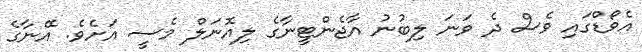
އެވޯޑްގައި ވެސް ދެ ވަނަ ލިބުނު އާޖެންޓީނާގެ ލިއޮނަލް މެސީ އަށެވެ. އޭނާގެ